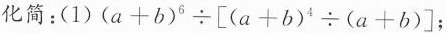
化简:(1) $$( a + b ) ^ { 6 } \div [ ( a + b ) ^ { 4 } \div ( a + b) ]$$;